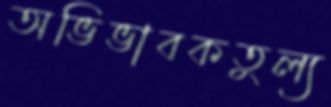
অভিভাবকতুল্য